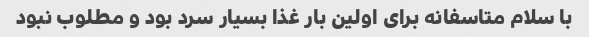
با سلام متاسفانه برای اولین بار غذا بسیار سرد بود و مطلوب نبود